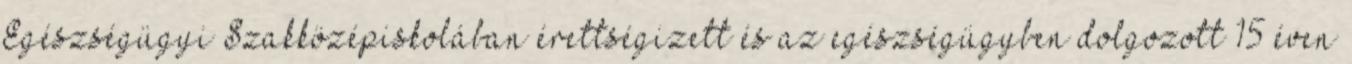
Egészségügyi Szakközépiskolában érettségizett és az egészségügyben dolgozott 15 éven